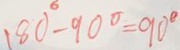
1 8 0 ^ { \circ } - 9 0 ^ { \circ } = 9 0 ^ { \circ }